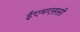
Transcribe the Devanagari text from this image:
ईएमएससी